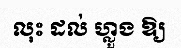
លុះ ដល់ ហ្លួង ឱ្យ